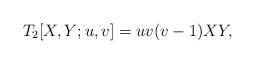
LaTeX: \begin{align*}T_2[X, Y;u, v] = u v (v-1) X Y,\end{align*}